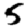
Digit: 5